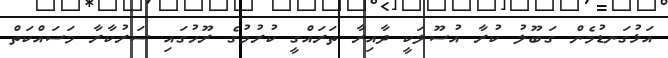
އަޅުގަނޑުމެން ގަބޫލު ކުރާ އުސޫލަކީ ދާއިރާ ތަރައްގީ ކުރުމުގެ ރޫހުގައި ސަރުކާރާ މަސައްކަތް